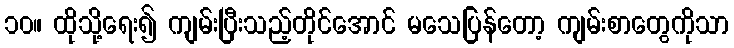
၁၀။ ထိုသို့ရေး၍ ကျမ်းပြီးသည့်တိုင်အောင် မသေပြန်တော့ ကျမ်းစာတွေကိုသာ